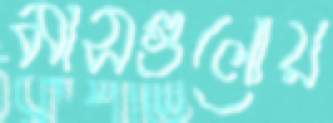
মাসগুলোয়